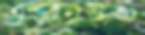
এডুনিউজ